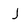
Character: j